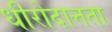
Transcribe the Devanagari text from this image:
धीरोदात्तता